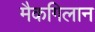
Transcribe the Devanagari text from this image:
मैकगिलान